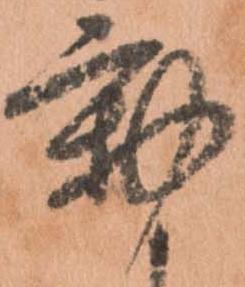
動